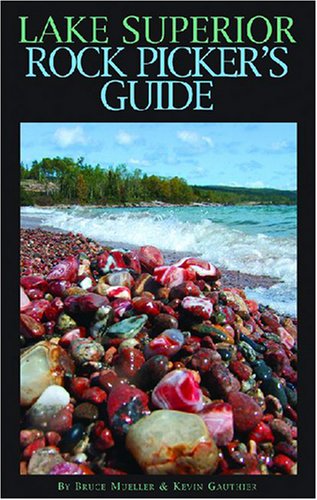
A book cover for Lake Superior Rock Picker's Guide; Kevin Gauthier; Sports & Outdoors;